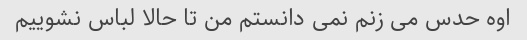
اوه حدس می زنم نمی دانستم من تا حالا لباس نشوییم